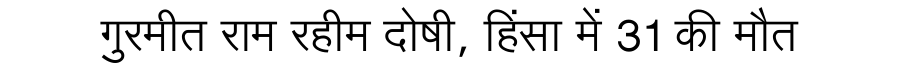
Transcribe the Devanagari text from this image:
गुरमीत राम रहीम दोषी, हिंसा में 31 की मौत